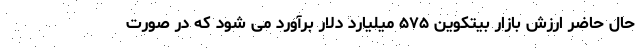
حال حاضر ارزش بازار بیتکوین ۵۷۵ میلیارد دلار برآورد می شود که در صورت